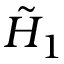
\tilde { H } _ { 1 }